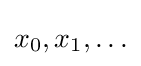
\textstyle x_{0},x_{1},\ldots